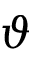
\boldsymbol { \vartheta }